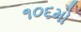
૧૦૬મો